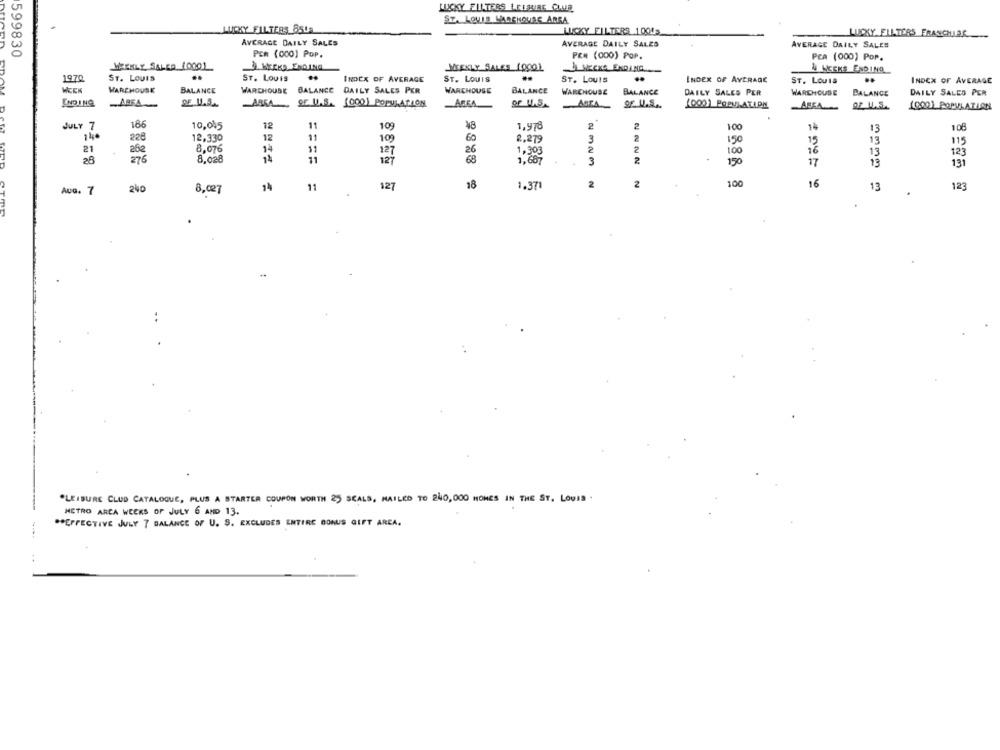
LUCKY FILTERS LEISURE CLUB
ST. LOUIS HARCKSQUAS ARRA
LUCKY FILTERS 850
LUCKY FILTERS 1000g
LUCKY FILTERS FRANCHISE
AVERAGE DAILY SALES
AVERAGE DAILY SALES
AVERAGE DAILY SALES
599830
PER (000) POP.
PER (000) POP.
PCA (000) Por.
WEEKLY SALER 10001
MEKLY SALES 10001
..
..
3 WEEKS ENDING
&4 WEEKS ENDING
1970
ST. LOUIS
ST. LOUIS
INDEX OF AVERAGE
ST. LOUIS
ST. LOUIS
..
INDEX OF AVERAGE
ST. Louis
..
INDEX OF AVERAGE
WEEK
WAREHOUSE
BALANCE
WAREHOUSE
BALANCE
DAILY SALES PER
WAREHOUSE
BALANCE
WAREHOUSE
BALANCE
DAILY SALES PER
WAREHOUSE
BALANCE
DAILY SALES PER
ENDING
.ABRA
ARKA . SE U.S. (000) POPULATION
AREA
ASIA
SF.U.S.
(000) POPULATION
(000) POPULATION
AREA
JULY 7
166
10,045
12
11
109
¥8
1,978
2
2
100
14
13
108
14.
12
11
12,330
109
60
2,279
3
150
15
13
115
21
26
8.076
14
11
26
1,303
2
2
16
13
14
127
100
123
276
8,028
11
127
1,687
3
2
150
17
13
131
14
11
127
18
1.371
2
2
100
16
13
123
Aug. 7
8,027
"LEISURE CLUB CATALOGUE, PLUS A STARTER COUPON WORTH 25 SCALS, MAILED TO 240,000 HOMES IN THE ST. LOUIS .
METRO AREA WEEKS OF JULY 6 AND 13.
** EFFECTIVE JULY 7 BALANCE OF U. S. EXCLUDES ENTIRE BONUS GIFT AREA.
. .